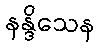
နန္ဒိသေန